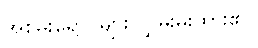
အစိမ်းရောင်များ လွှမ်းမိုးထား၏။